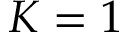
K = 1